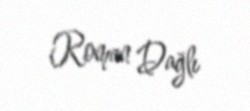
Roman Dağlı